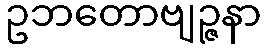
ဥဘတောဗျဉ္ဇနာ